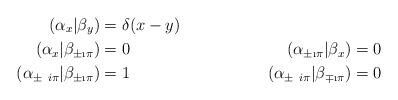
LaTeX: \begin{align*}(\alpha_x|\beta_y)&=\delta(x-y)\\ (\alpha_x|\beta_{\pm \i \pi})&=0& (\alpha_{\pm \i \pi}|\beta_x)&=0\\ (\alpha_{\pm \ i \pi}|\beta_{\pm \i \pi})&=1& (\alpha_{\pm \ i \pi}|\beta_{\mp \i \pi})&=0\end{align*}